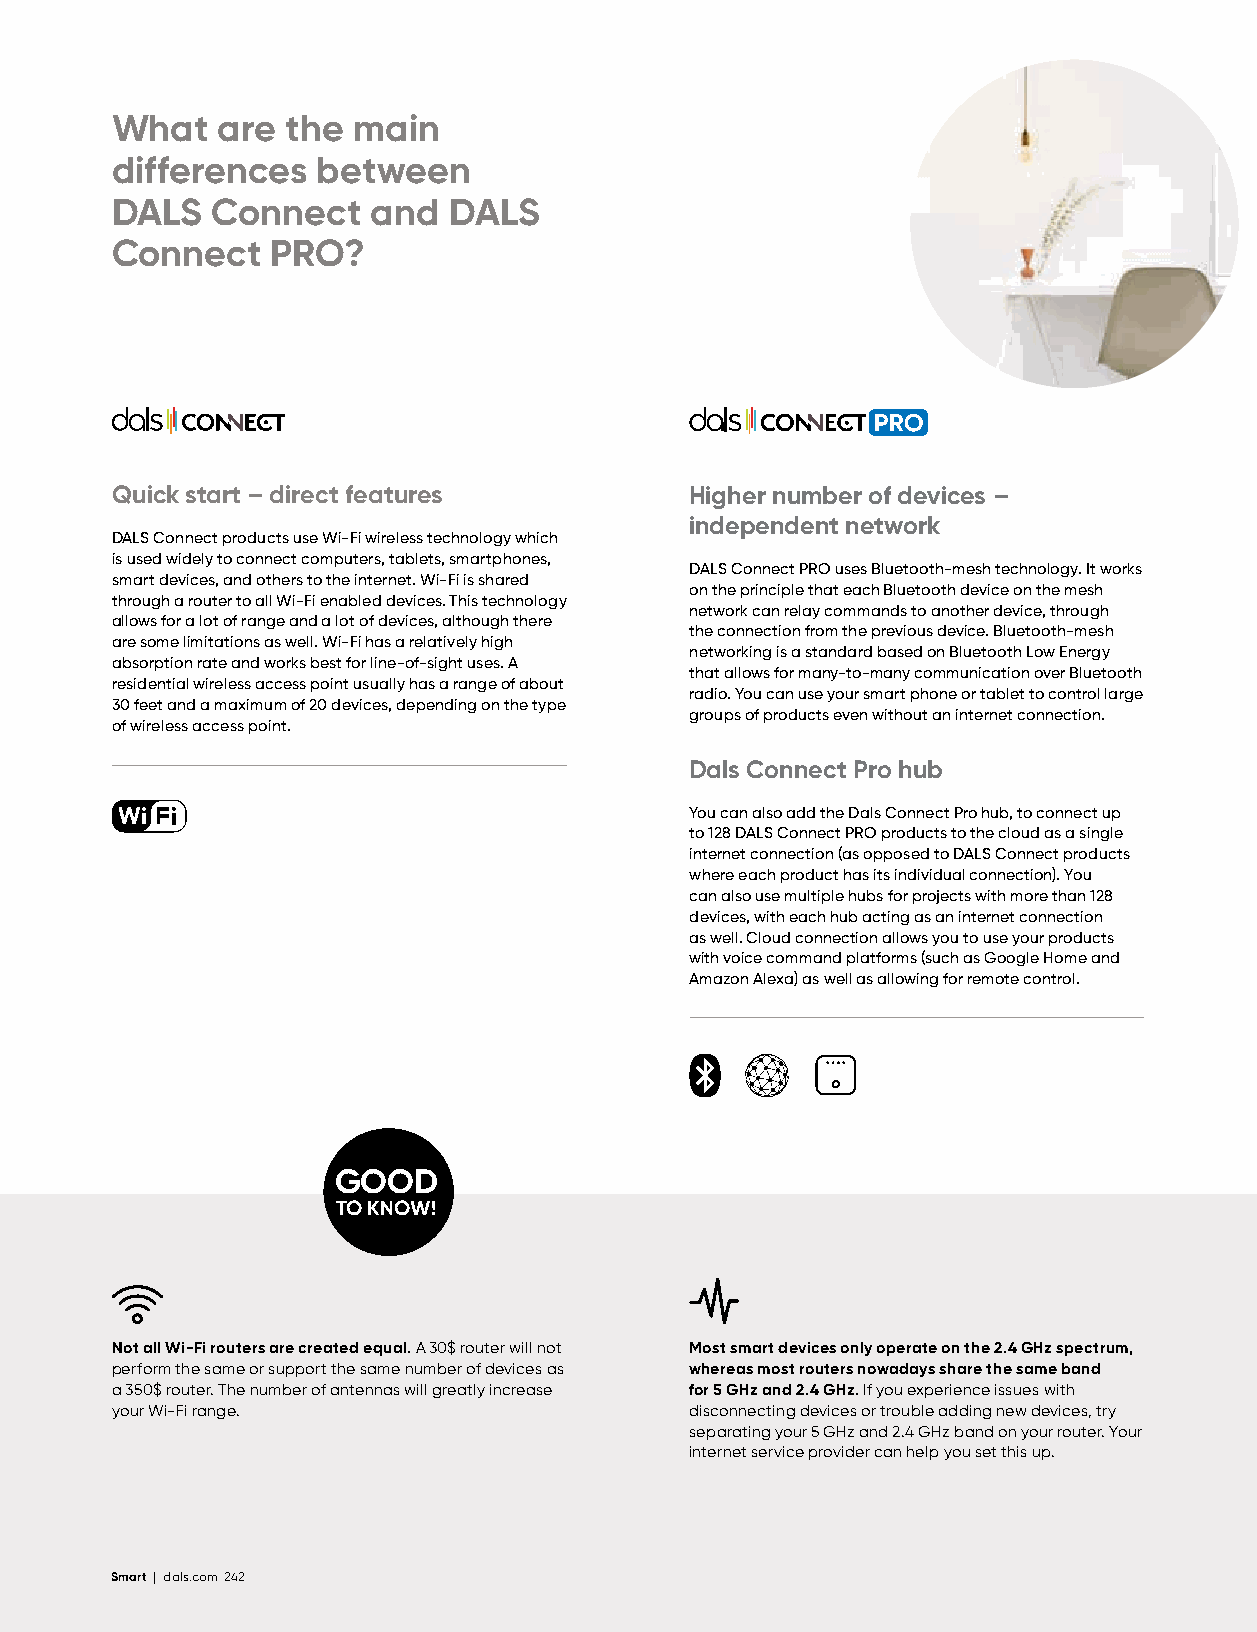
What   are  the main
 differences   between
 DALS   Connect    and  DALS
 Connect    PRO?
 Quick start – direct features          Higher number of devices –
 independent network
 DALS Connect products use Wi-Fi wireless technology which
 is used widely to connect computers, tablets, smartphones,
 DALS Connect PRO uses Bluetooth-mesh technology. It works
 smart devices, and others to the internet. Wi-Fi is shared
 on the principle that each Bluetooth device on the mesh
 through a router to all Wi-Fi enabled devices. This technology
 network can relay commands to another device, through
 allows for a lot of range and a lot of devices, although there
 the connection from the previous device. Bluetooth-mesh
 are some limitations as well. Wi-Fi has a relatively high
 networking is a standard based on Bluetooth Low Energy
 absorption rate and works best for line-of-sight uses. A
 that allows for many-to-many communication over Bluetooth
 residential wireless access point usually has a range of about
 radio. You can use your smart phone or tablet to control large
 30 feet and a maximum of 20 devices, depending on the type
 groups of products even without an internet connection.
 of wireless access point.
 Dals Connect Pro hub
 You can also add the Dals Connect Pro hub, to connect up
 to 128 DALS Connect PRO products to the cloud as a single
 internet connection (as opposed to DALS Connect products
 where each product has its individual connection). You
 can also use multiple hubs for projects with more than 128
 devices, with each hub acting as an internet connection
 as well. Cloud connection allows you to use your products
 with voice command platforms (such as Google Home and
 Amazon Alexa) as well as allowing for remote control.
 GOOD
 TO KNOW!
 Not all Wi-Fi routers are created equal. A 30$ router will not Most smart devices only operate on the 2.4 GHz spectrum,
 perform the same or support the same number of devices as whereas most routers nowadays share the same band
 a 350$ router. The number of antennas will greatly increase for 5 GHz and 2.4 GHz. If you experience issues with
 your Wi-Fi range.                      disconnecting devices or trouble adding new devices, try
 separating your 5 GHz and 2.4 GHz band on your router. Your
 internet service provider can help you set this up.
 Smart | dals.com 242